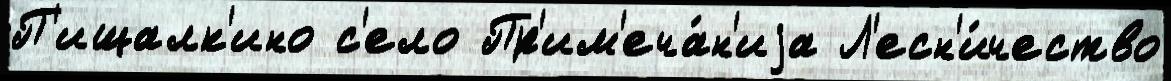
П'ищалк'ино с'ело Пр'им'еча́н'иjа Л'есн'и́чество